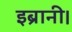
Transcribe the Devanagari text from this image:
इब्रानी।